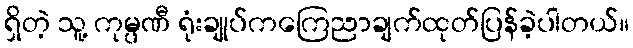
ရှိတဲ့ သူ့ ကုမ္ပဏီ ရုံးချုပ်ကကြေညာချက်ထုတ်ပြန်ခဲ့ပါတယ်။